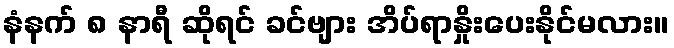
နံနက် ၈ နာရီ ဆိုရင် ခင်ဗျား အိပ်ရာနှိုးပေးနိုင်မလား။